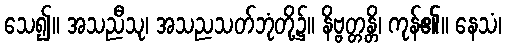
သေ၍။ အသညီသု၊ အသညသတ်ဘုံတို့၌။ နိဗ္ဗတ္တန္တိ၊ ကုန်၏။ နေသံ၊